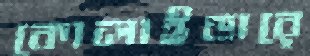
কোলাইডারে